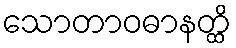
သောတာဝဓာနတ္ထိ